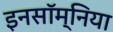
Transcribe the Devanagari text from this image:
इनसॉम्निया